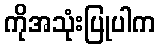
ကိုအသုံးပြုပါက